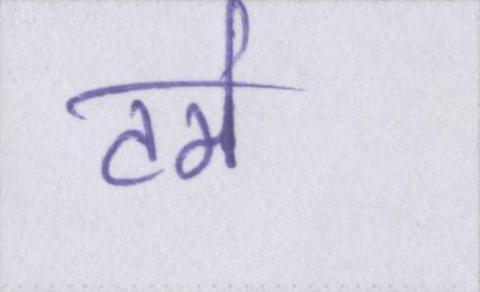
टर्म